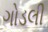
ગોડલી